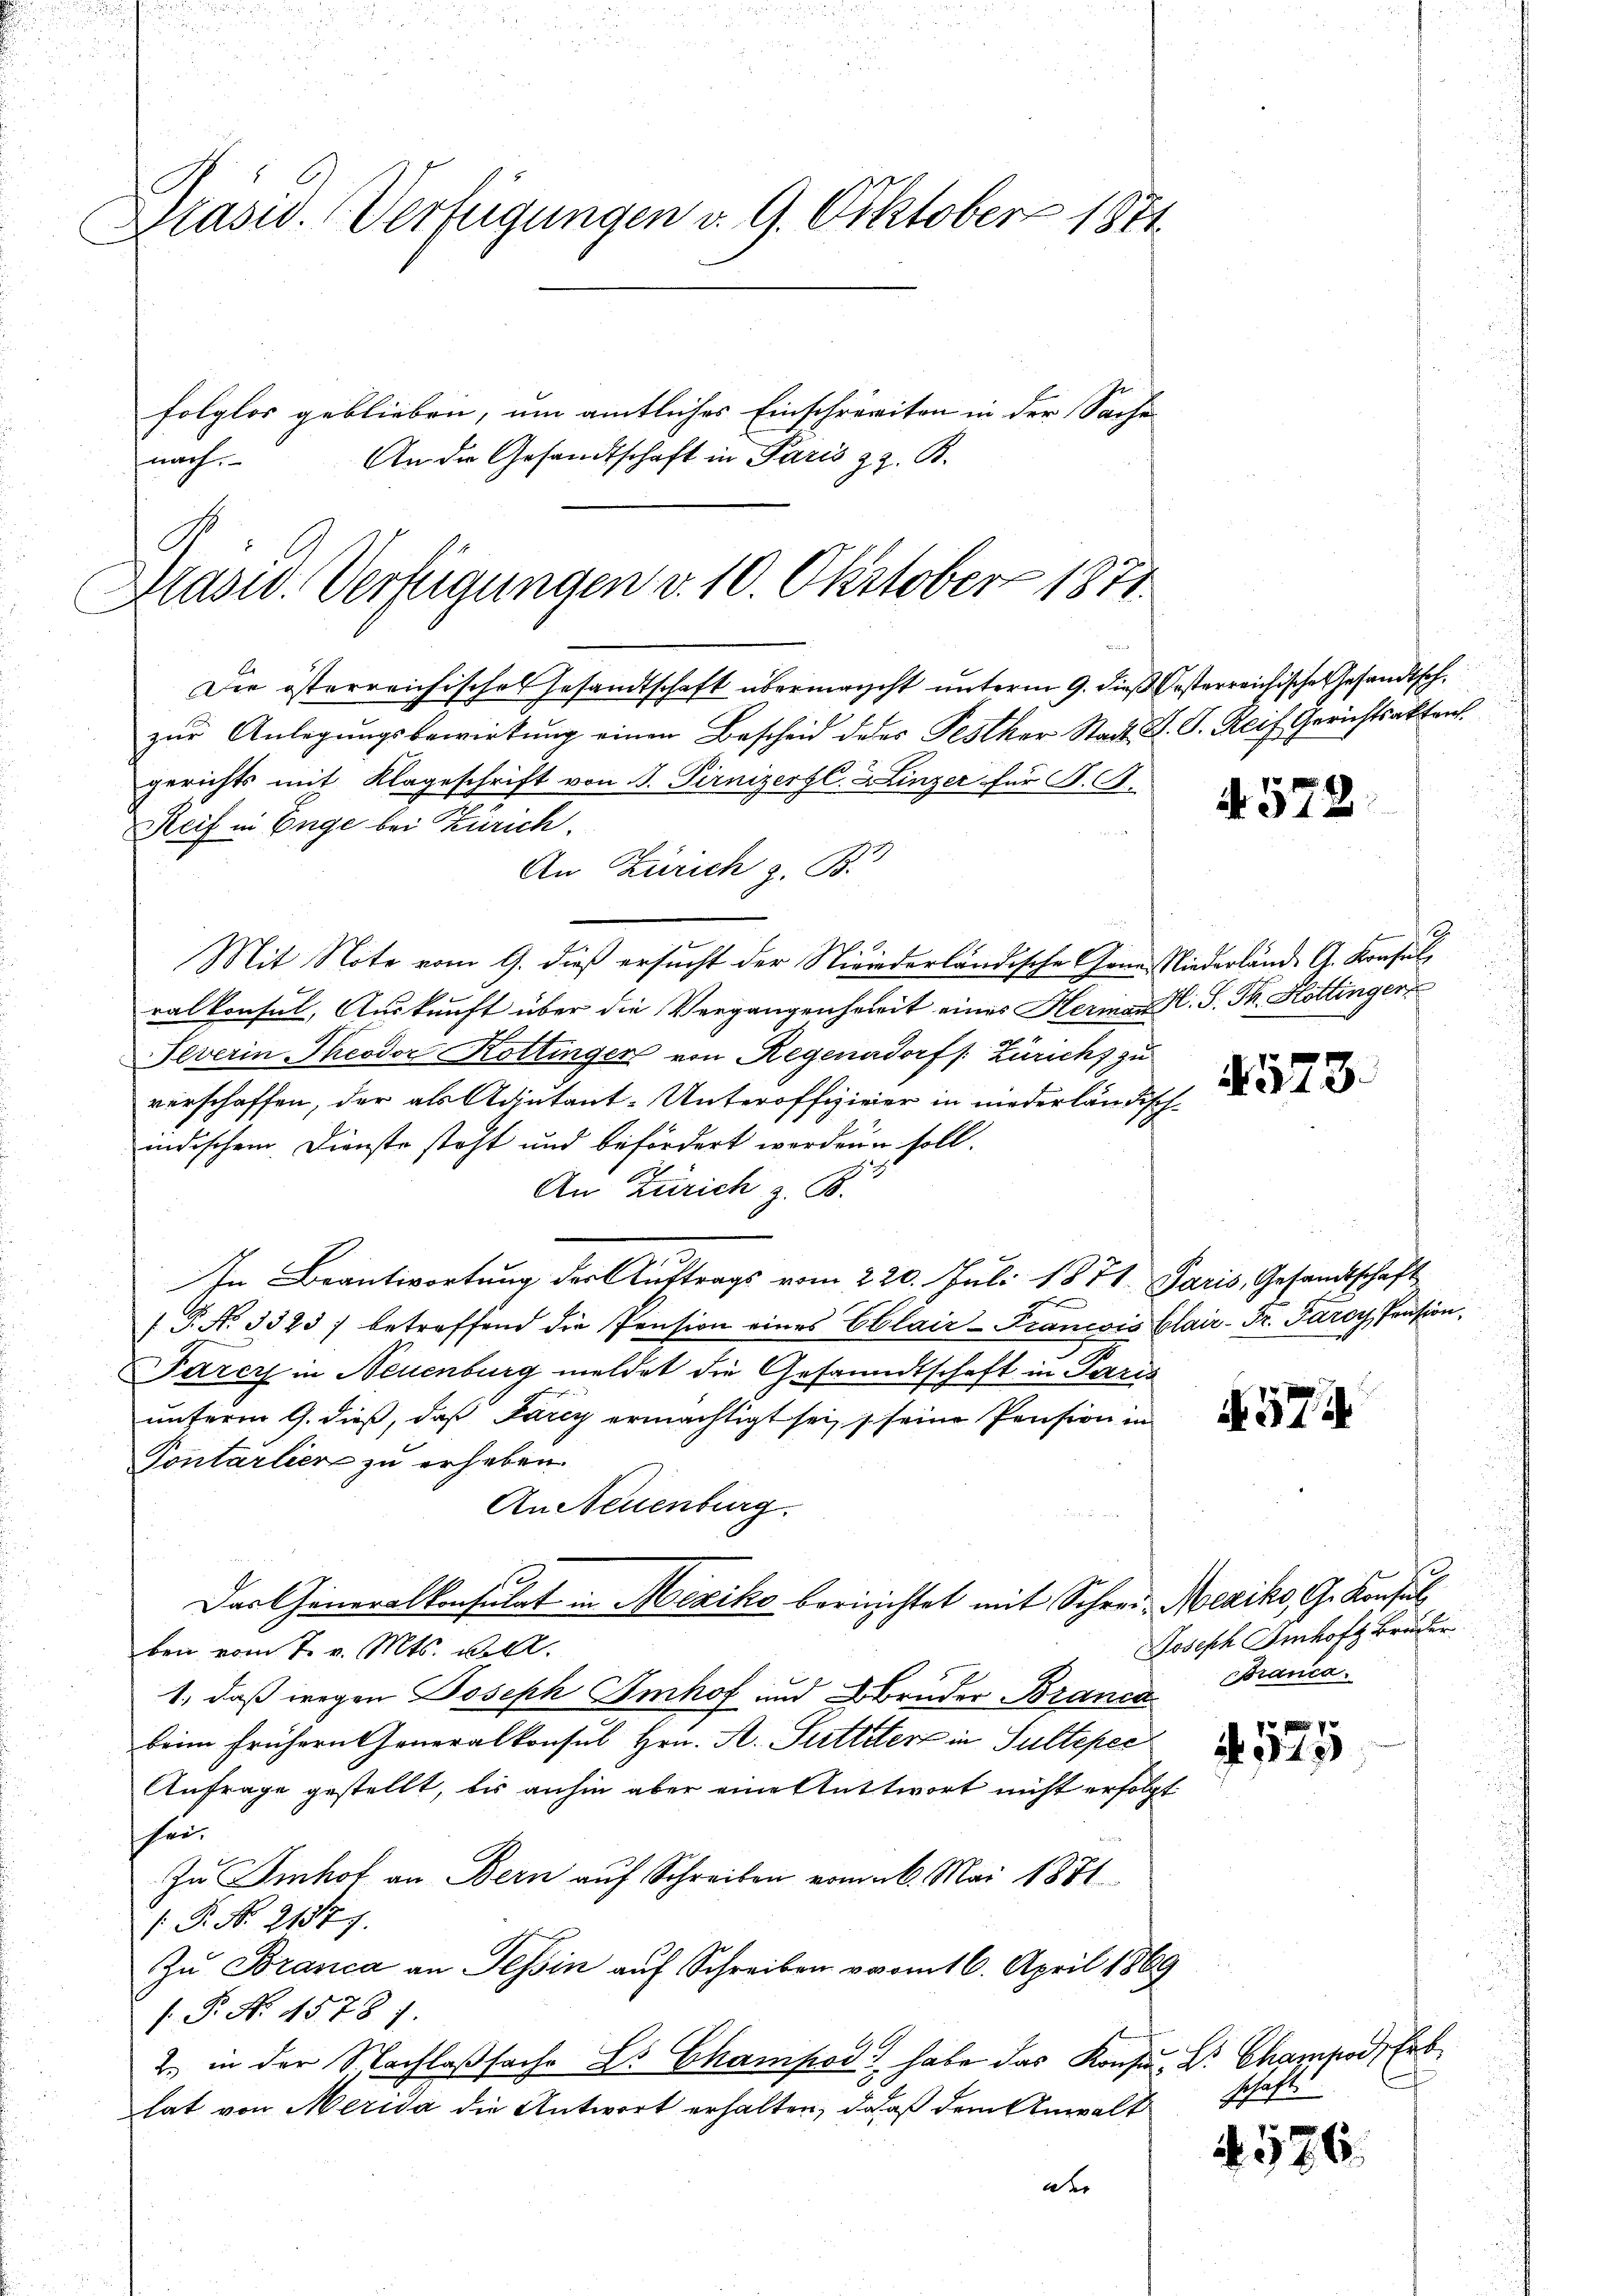
Blasid. (Verfügungen v. 9. Oktober 1871

folglos geblieben, um amtliches Einschrereiten in der Sache
An die Gesandtschaft in Paris z. B.
nach

A
Mrasw. Verfügungen v. 10. Oktober 1871

Die österreichisches Gesandtschaft übermacht unterm 9. dieß Oesterreichische Gesandtsch.
zŭr Anlegŭngsbewirkŭng einen Bescheid des Pesther Stadt. F. P. Reif Gerichtsakten.
gerichts mit Klageschrift von S. Pirnizergl. Linzer für F. S.
Reif in Enge bei Zürich.
Mit Note vom 9. dieß ersucht der Niriederländische Gener Niederlände G. Konsul,
ralkonsul, Auskunft über die Vergangenheit eines Herman fl. S. Th. Hottinger
Feverin Theodor Kottinger von Regensdorf /: Zürichs zu
verschaffen, der als Adjutant-Unteroffizierer in niederländisch-
indischem Dienste steht und befördert werden soll.
An Zürich z. B.
In Beantwortung der Auftrags vom 220. Juli 1871. Paris, Gesandtschaft
/ P. No 3323) betreffend die Pension eines Eblair-Francois Blair - Fr. Paroy Pension
Parcz in Neuenburg meldet die Gesammtschaft in Paris
unterm 9. dieß, daß Fary ermächtigt sei, s seine Pension in
Pontarlier zu erheben.
An Neuenburg.
Das Generalkonsulat in Mexiko berichtet mit Schrei Mexiko, G. Konsul
ben vom 7. v. Mts. voll.
1., daß wegen Joseph Imhof und Bruder Branca
beim frühern Generalkonsul Hrn. A. Sitteter in Sultepec
Anfrage gestellt, bis anhin aber eine Antwort nicht erfolgt
hei¬

In Imhof an Bern auf Schreiben vom 26. Mai 1881
 P. Nr. 21377.
Zu Branca an Tessin auf Schreiben vom 16. April 1869
[P. Nr. 45781.
2. in der Nachlaßsache L. Champod habe das Konsur, Dr. Champod, Erblat von Meria die Antwort erhalten, daß dem Anwalt
der

An Zürich z. B.

A. 578.

4573.

574

Joseph Imhof Bruder
Branca.

G. 175

schaft.

N 576.